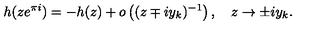
h ( z e ^ { \pi i } ) = - h ( z ) + o \left( ( z \mp i y _ { k } ) ^ { - 1 } \right) , \quad z \to \pm i y _ { k } .